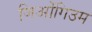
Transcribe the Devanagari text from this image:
जिओंगिउम